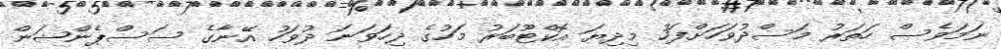
ނަމަވެސް ހަތަރު މަސްދުވަހަށްފަހު މިދިޔަ އޮކްޓޫބަރު މަހުގެ ދިހަވަނަ ދުވަހު އޭނާގެ ސަސްޕެންޝަން